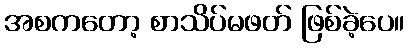
အစကတော့ စာသိပ်မဖတ် ဖြစ်ခဲ့ပေ။